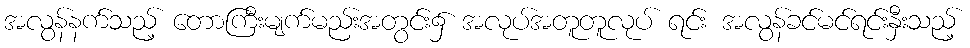
အလွန်နက်သည့် တောကြီးမျက်မည်းအတွင်း၌ အလုပ်အတူတူလုပ် ရင်း အလွန်ခင်မင်ရင်းနှီးသည့်